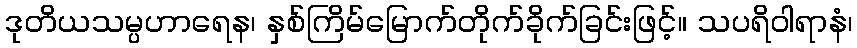
ဒုတိယသမ္ပဟာရေန၊ နှစ်ကြိမ်မြောက်တိုက်ခိုက်ခြင်းဖြင့်။ သပရိဝါရာနံ၊